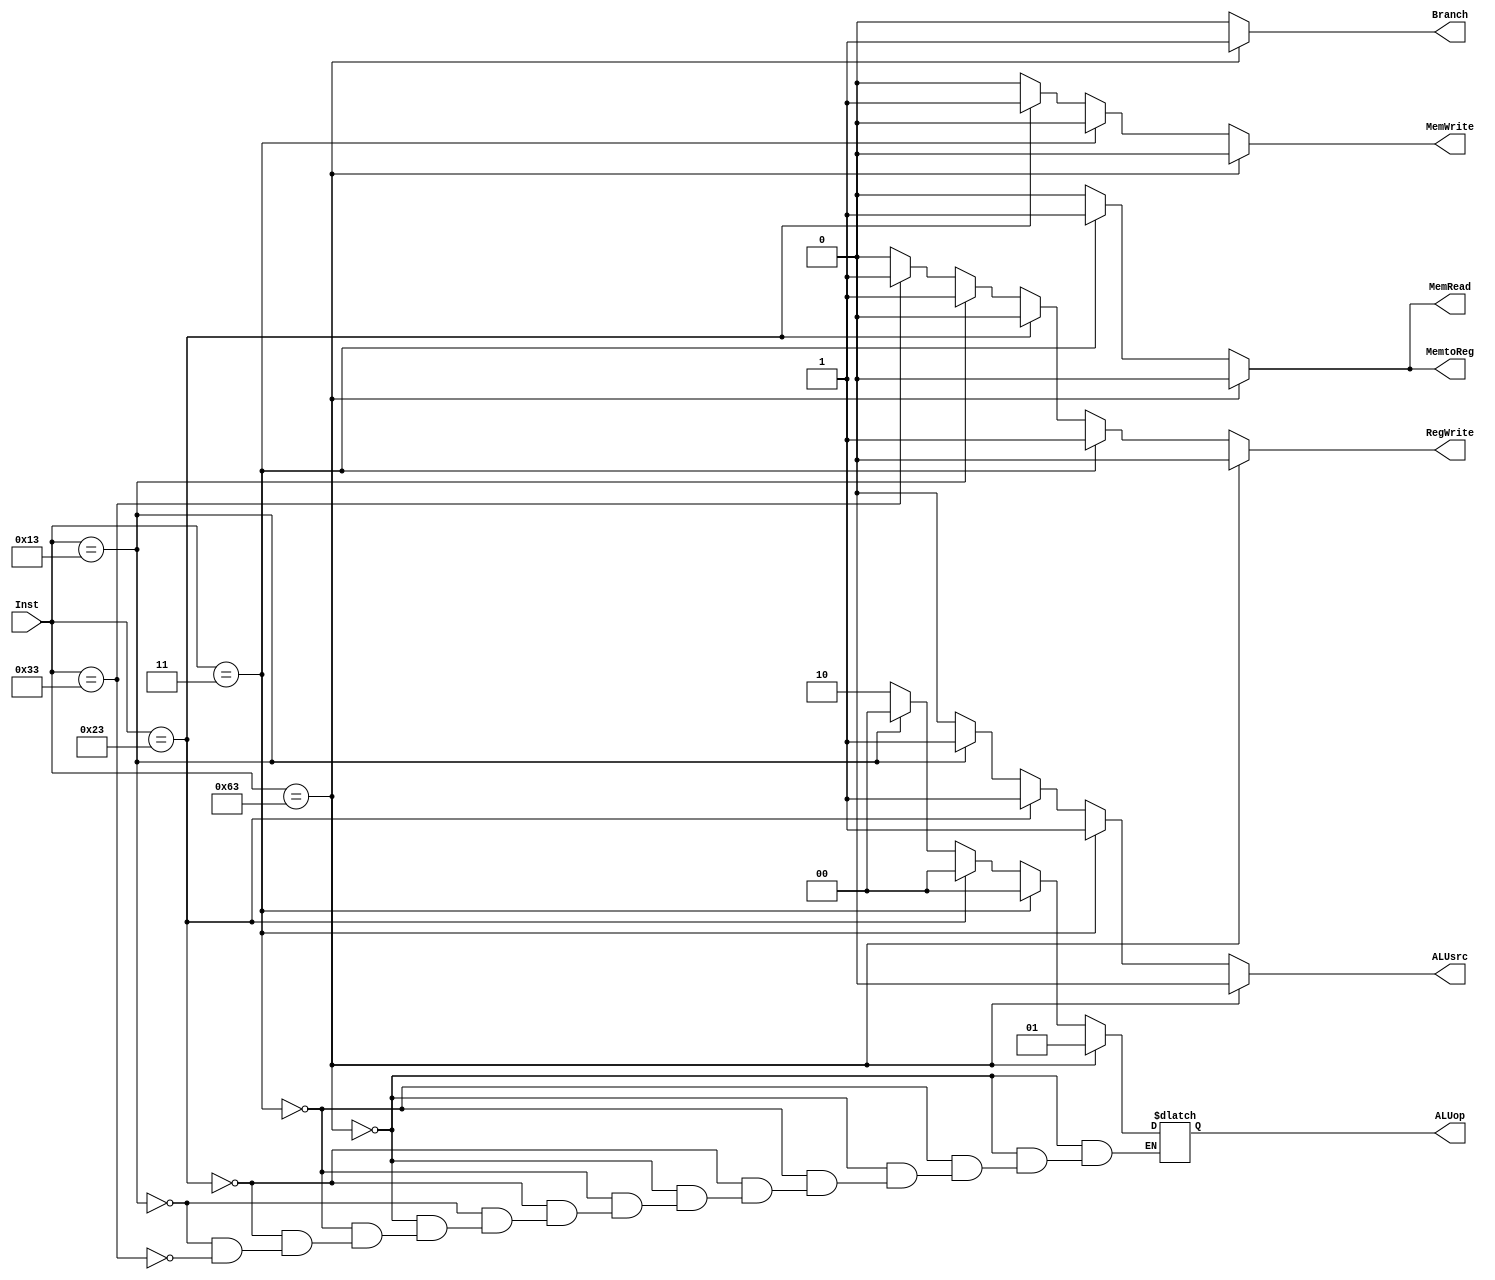
`timescale 1ns / 1ps
//////////////////////////////////////////////////////////////////////////////////
// Company: 
// Engineer: 
// 
// Design Name: 
// Module Name: Control
// Project Name: 
// Target Devices: 
// Tool Versions: 
// Description: 
// 
// Dependencies: 
// 
// Revision:
// Revision 0.01 - File Created
// Additional Comments:
// 
//////////////////////////////////////////////////////////////////////////////////


module Control(Inst, Branch, MemRead, MemtoReg, ALUop, MemWrite, ALUsrc, RegWrite);
    input [6:0] Inst;
    output reg Branch, MemRead, MemtoReg, MemWrite, ALUsrc, RegWrite;
    output reg [1:0] ALUop;
    
    always@(*) begin
        Branch=0;
        MemRead=0;
        MemtoReg=0;
        MemWrite=0;
        ALUsrc=0;
        RegWrite=0;
        if(Inst==7'b1100011) begin//B type
            ALUop=2'b01;
            Branch=1;
        end
        else if(Inst==7'b0000011) begin//load
            MemRead=1;
            MemtoReg=1;
            ALUsrc=1;
            RegWrite=1;
            ALUop=2'b00;
        end
        else if(Inst==7'b0100011) begin//S type
            MemWrite=1;
            ALUsrc=1;
            ALUop=2'b00;
        end
        else if(Inst==7'b0010011) begin//addi
            ALUsrc=1;
            RegWrite=1;
            ALUop=2'b00;
        end
        else if(Inst==7'b0110011) begin//R type
            RegWrite=1;
            ALUop=2'b10;
        end
    end 
    
endmodule